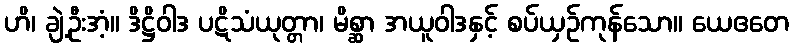
ဟိ၊ ချဲ့ဦးအံ့။ ဒိဋ္ဌိဝါဒ ပဋိသံယုတ္တာ၊ မိစ္ဆာ အယူဝါဒနှင့် စပ်ယှဉ်ကုန်သော။ ယေဧတေ